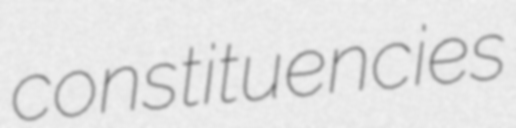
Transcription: constituencies